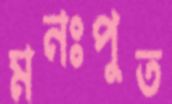
মনঃপুত